Vaccination in Bombay 1863-1868 - 1863-1868
Year: 1863
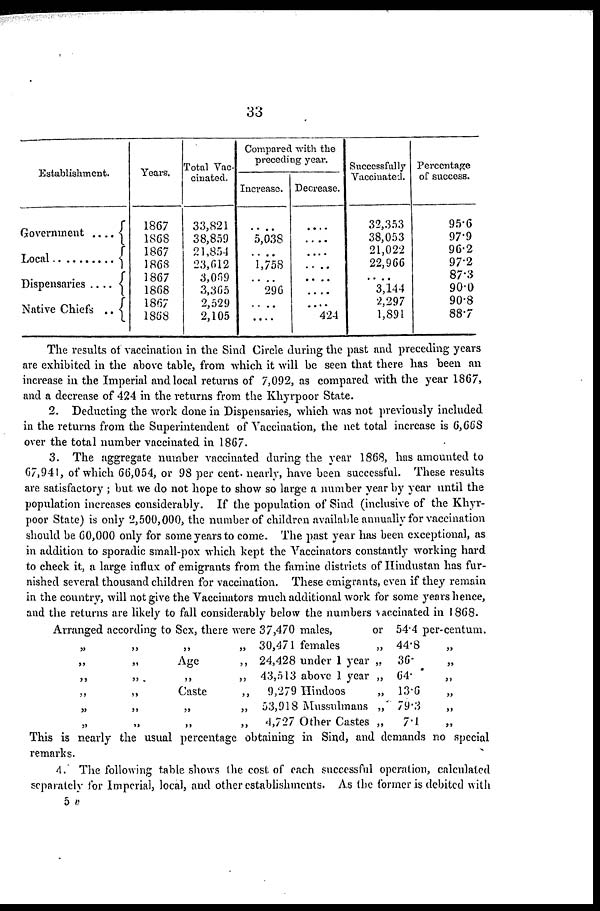
33
Establishment.
Government ....
Local .................
Dispensaries
....
Native Chiefs ..
Years.
1867
1868
1867
1868
1867
1868
1867
1868
Total Vac-
cinated.
33,821
38,859
21,854
23,612
3,069
3,365
2,529
2,105
Compared with the
preceding year.
Increase.
....
5,038
....
1,758
....
296
....
....
Decrease.
....
....
....
....
....
....
....
424
Successfully
Vaccinated.
32,353
38,053
21,022
22,966
....
3,144
2,297
1,891
Percentage
of success.
95.6
97.9
96.2
97.2
87.3
90.0
90.8
88.7
The results of vaccination in the Sind Circle during the past and preceding years
are exhibited in the above table, from which it will be seen that there has been an
increase in the Imperial and local returns of 7,092, as compared with the year 1867,
and a decrease of 424 in the returns from the Khyrpoor State.
2. Deducting the work done in Dispensaries, which was not previously included
in the returns from the Superintendent of Vaccination, the net total increase is 6,668
over the total number vaccinated in 1867.
3. The aggregate number vaccinated during the year 1868, has amounted to
67,941, of which 66,054, or 98 per cent. nearly, have been successful. These results
are satisfactory ; but we do not hope to show so large a number year by year until the
population increases considerably. If the population of Sind (inclusive of the Khyr-
poor State) is only 2,500,000, the number of children available annually for vaccination
should be 60,000 only for some years to come. The past year has been exceptional, as
in addition to sporadic small-pox which kept the Vaccinators constantly working hard
to check it, a large influx of emigrants from the famine districts of Hindustan has fur-
nished several thousand children for vaccination. These emigrants, even if they remain
in the country, will not give the Vaccinators much additional work for some years hence,
and the returns are likely to fall considerably below the numbers vaccinated in 1868.
Arranged according to Sex, there were 37,470 males,
or 54.4 per-centum.
„
„
„
„ 30,471 females
„ 44.8
„
„
„
Age
„ 24,428 under 1 year
„
36.
„
„
„
„
„
43,513 above 1 year „
64. „
„ „
Caste
„
9,279 Hindoos
„ 13.6 „
„
„
„
„ 53,918 Mussulmans „ 79.3
„
„
„
„
„
4,727 Other Castes „
7.1
„
This is nearly the usual percentage obtaining in Sind, and demands no special
remarks.
4. The following table shows the cost of each successful operation, calculated
separately for Imperial, local, and other establishments. As the former is debited with
5 v